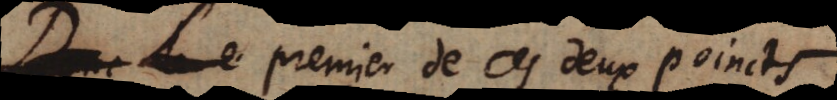
Donc Le premier de ces deux poincts